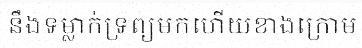
នឹងទម្លាក់ទ្រព្យមកហើយខាងក្រោម